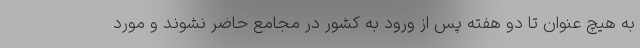
به هیچ عنوان تا دو هفته پس از ورود به کشور در مجامع حاضر نشوند و مورد